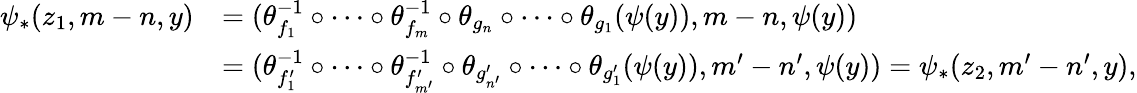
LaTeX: \begin{array}{rl}{\psi_{*}(z_{1},m-n,y)}&{=(\theta_{f_{1}}^{-1}\circ\cdots\circ\theta_{f_{m}}^{-1}\circ\theta_{g_{n}}\circ\cdots\circ\theta_{g_{1}}(\psi(y)),m-n,\psi(y))}\\ &{=(\theta_{f_{1}^{\prime}}^{-1}\circ\cdots\circ\theta_{f_{m^{\prime}}^{\prime}}^{-1}\circ\theta_{g_{n^{\prime}}^{\prime}}\circ\cdots\circ\theta_{g_{1}^{\prime}}(\psi(y)),m^{\prime}-n^{\prime},\psi(y))=\psi_{*}(z_{2},m^{\prime}-n^{\prime},y),}\end{array}